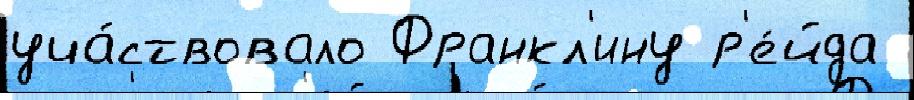
уча́ствовало Франкл'ину р'е́йда